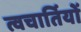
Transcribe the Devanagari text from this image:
त्वचार्तियों